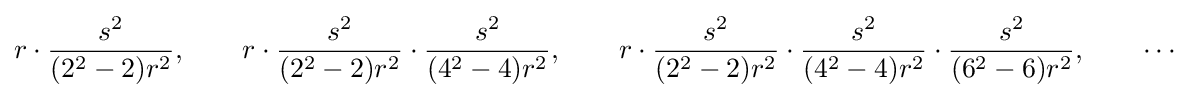
r\cdot {\frac {s^{2}}{(2^{2}-2)r^{2}}},\qquad r\cdot {\frac {s^{2}}{(2^{2}-2)r^{2}}}\cdot {\frac {s^{2}}{(4^{2}-4)r^{2}}},\qquad r\cdot {\frac {s^{2}}{(2^{2}-2)r^{2}}}\cdot {\frac {s^{2}}{(4^{2}-4)r^{2}}}\cdot {\frac {s^{2}}{(6^{2}-6)r^{2}}},\qquad \cdots